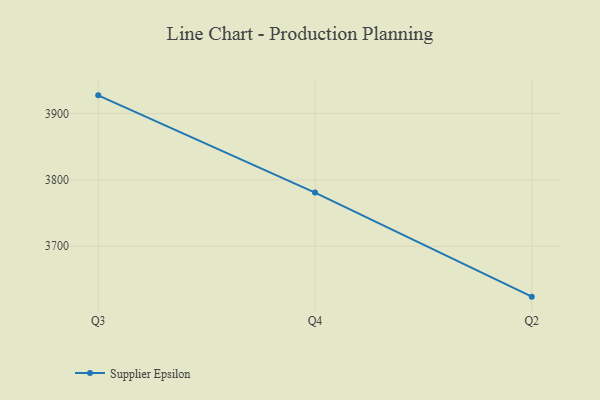
{"axis": {"x": "Quarter", "y": "Operating Costs (USD K)"}, "legend": ["Supplier Epsilon"], "data": [{"x": "Q3", "y": 3927.2, "type": "Supplier Epsilon"}, {"x": "Q4", "y": 3780.9, "type": "Supplier Epsilon"}, {"x": "Q2", "y": 3624.2, "type": "Supplier Epsilon"}]}